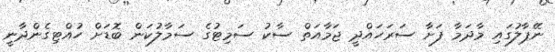
ނޭޕާލުގައި މާދަމާ ފަށާ ސަރަހައްދީ ޖަމާއަތް ސާކު ސަމިޓުގެ ސަމާލުކަން ބޮޑަށް ހުއްޓިގެންދާނީ